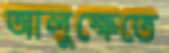
আলুক্ষেতে